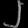
Digit: ၂